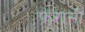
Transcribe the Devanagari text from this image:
फरासी